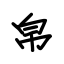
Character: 帛